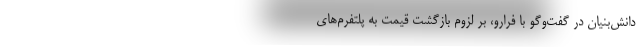
دانش‌بنیان در گفت‌وگو با فرارو، بر لزوم بازگشت قیمت به پلتفرم‌های